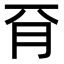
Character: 𣍡